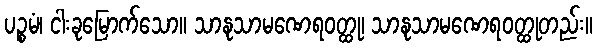
ပဉ္စမံ၊ ငါးခုမြောက်သော။ သာနုသာမဏေရဝတ္ထု၊ သာနုသာမဏေရဝတ္ထုတည်း။